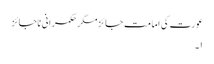
عورت کی امامت جائزمگر حکمرانی ناجائز
۱۔